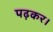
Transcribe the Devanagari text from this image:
पढ़कर।